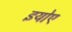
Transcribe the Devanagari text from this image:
इयोए